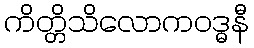
ကိတ္တိသိလောကဝဒ္ဓနီ